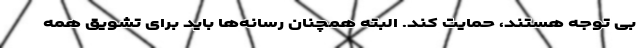
بی توجه هستند، حمایت کند. البته همچنان رسانه‌ها باید برای تشویق همه